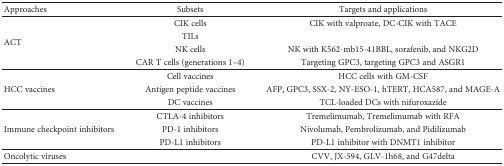
| Approaches | Subsets | Targets and applications |
 | --- | --- | --- |
 | <ROWSPAN=4> ACT | CIK cells | CIK with valproate, DC-CIK with TACE |
 | TILs |  |
 | NK cells | NK with K562-mb15-41BBL, sorafenib, and NKG2D |
 | CAR T cells (generations 1–4) | Targeting GPC3, targeting GPC3 and ASGR1 |
 | <ROWSPAN=3> HCC vaccines | Cell vaccines | HCC cells with GM-CSF |
 | Antigen peptide vaccines | AFP, GPC3, SSX-2, NY-ESO-1, hTERT, HCA587, and MAGE-A |
 | DC vaccines | TCL-loaded DCs with nifuroxazide |
 | <ROWSPAN=3> Immune checkpoint inhibitors | CTLA-4 inhibitors | Tremelimumab, Tremelimumab with RFA |
 | PD-1 inhibitors | Nivolumab, Pembrolizumab, and Pidilizumab |
 | PD-L1 inhibitors | PD-L1 inhibitor with DNMT1 inhibitor |
 | Oncolytic viruses |  | CVV, JX-594, GLV-1h68, and G47delta |